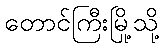
တောင်ကြီးမြို့သို့